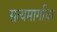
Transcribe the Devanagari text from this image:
सत्यमार्गाचा